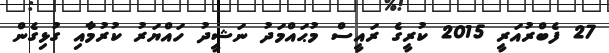
27 ފެބްރުއަރީ 2015 ކުރީގެ ރައީސް މުޙައްމަދު ނަޝީދު ހައްޔަރު ކުރުމާއި ގުޅިގެން